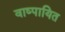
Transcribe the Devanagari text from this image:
वाष्पायित